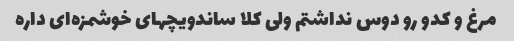
مرغ و کدو رو دوس نداشتم ولی کلا ساندویچهای خوشمزه‌ای داره